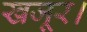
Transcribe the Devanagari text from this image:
खजूर।